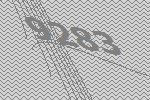
9283